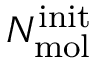
N _ { \mathrm { m o l } } ^ { \mathrm { i n i t } }